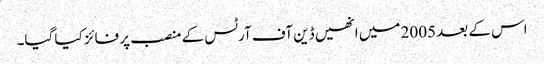
اس کے بعد 2005 میں انھیں ڈین آف آرٹس کے منصب پر فائز کیا گیا۔